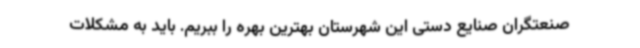
صنعتگران صنایع دستی این شهرستان بهترین بهره را ببریم. باید به مشکلات